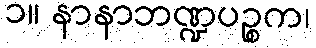
၁။ နာနာဘဏ္ဍပဉ္စက၊